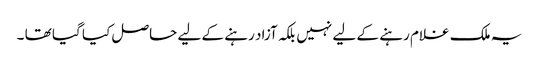
یہ ملک غلام رہنے کے لیے نہیں بلکہ آزاد رہنے کے لیے حاصل کیا گیا تھا ۔